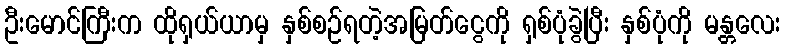
ဦးမောင်ကြီးက ထိုရှယ်ယာမှ နှစ်စဉ်ရတဲ့အမြတ်ငွေကို ရှစ်ပုံခွဲပြီး နှစ်ပုံကို မန္တလေး